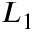
L _ { 1 }